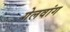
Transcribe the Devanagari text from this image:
गेलवांग